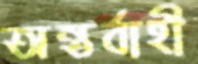
অন্তর্বাহী